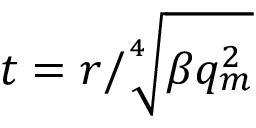
t = r / \sqrt [ 4 ] { \beta q _ { m } ^ { 2 } }